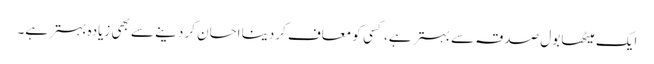
ایک میٹھا بول صدقہ سے بہتر ہے، کسی کو معاف کردینا احسان کر دینے سے بھی زیادہ بہتر ہے۔